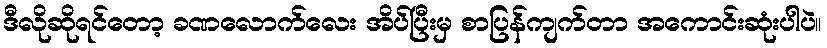
ဒီလိုဆိုရင်တော့ ခဏလောက်လေး အိပ်ပြီးမှ စာပြန်ကျက်တာ အကောင်းဆုံးပါပဲ။